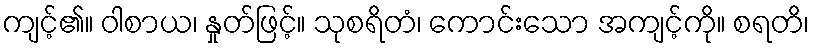
ကျင့်၏။ ဝါစာယ၊ နှုတ်ဖြင့်။ သုစရိတံ၊ ကောင်းသော အကျင့်ကို။ စရတိ၊